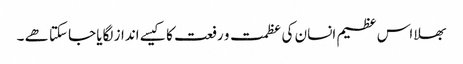
بھلا اس عظیم انسان کی عظمت و رفعت کا کیسے انداز لگایا جاسکتا ھے ۔